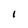
Character: I